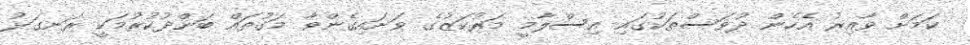
ކަމަށް ވާއިރު އެހެން ދުވަސްތަކުގައި އިސްލާމީ މަރުކަޒުގެ ވަށައިގެންވާ މަގުތައް ބަންދުކުރުމަކީ ރަނގަޅު